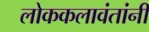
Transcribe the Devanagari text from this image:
लोककलावंतांनी